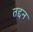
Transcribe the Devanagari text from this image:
तद्दन